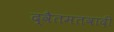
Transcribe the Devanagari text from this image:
द्वैतमतवादी